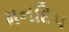
મનદિપ